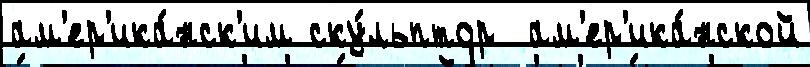
ам'ер'ика́нск'им ску́льптор  ам'ер'ика́нской